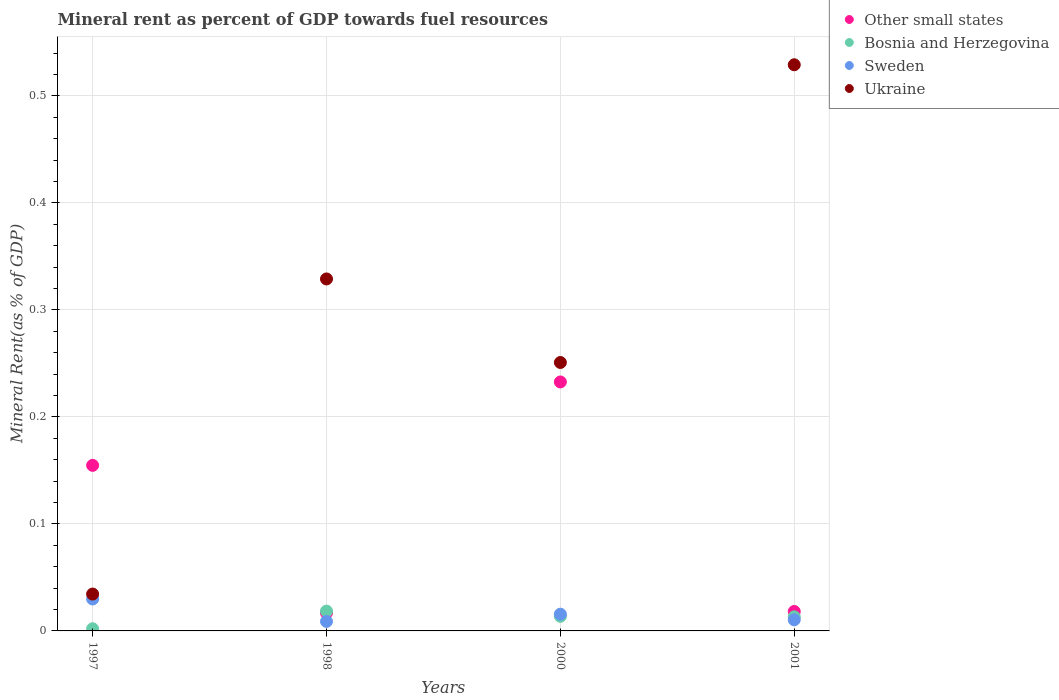
| Years | Other small states | Bosnia and Herzegovina | Sweden | Ukraine |
 | --- | --- | --- | --- | --- |
 | 1997 | 0.155 | 0.00201 | 0.0298 | 0.0345 |
 | 1998 | 0.0169 | 0.0185 | 0.00887 | 0.329 |
 | 2000 | 0.233 | 0.0137 | 0.0157 | 0.251 |
 | 2001 | 0.0182 | 0.0132 | 0.0104 | 0.529 |